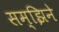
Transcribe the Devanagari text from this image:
सम्झिने